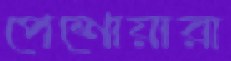
পেশোয়ারা